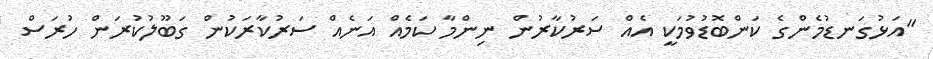
"އަޅުގަނޑުމެންގެ ކަންބޮޑުވުމަކީ އެއް ސަރުކާރުން ނިންމާ ކަމެއް އަނެއް ސަރުކާރަކުން ގަބޫލުކުރަން ހުރަސް